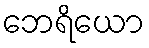
ဘေရိယော